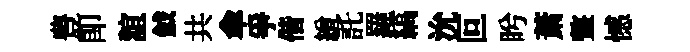
豊即誼鉞共傘爭偕繒託羅縞沇叵盻萧盩憾